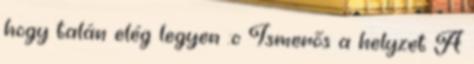
hogy talán elég legyen :o Ismerős a helyzet A